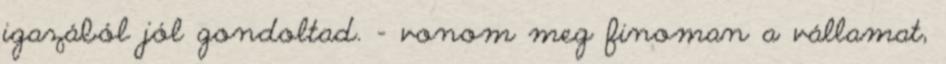
igazából jól gondoltad. - vonom meg finoman a vállamat,